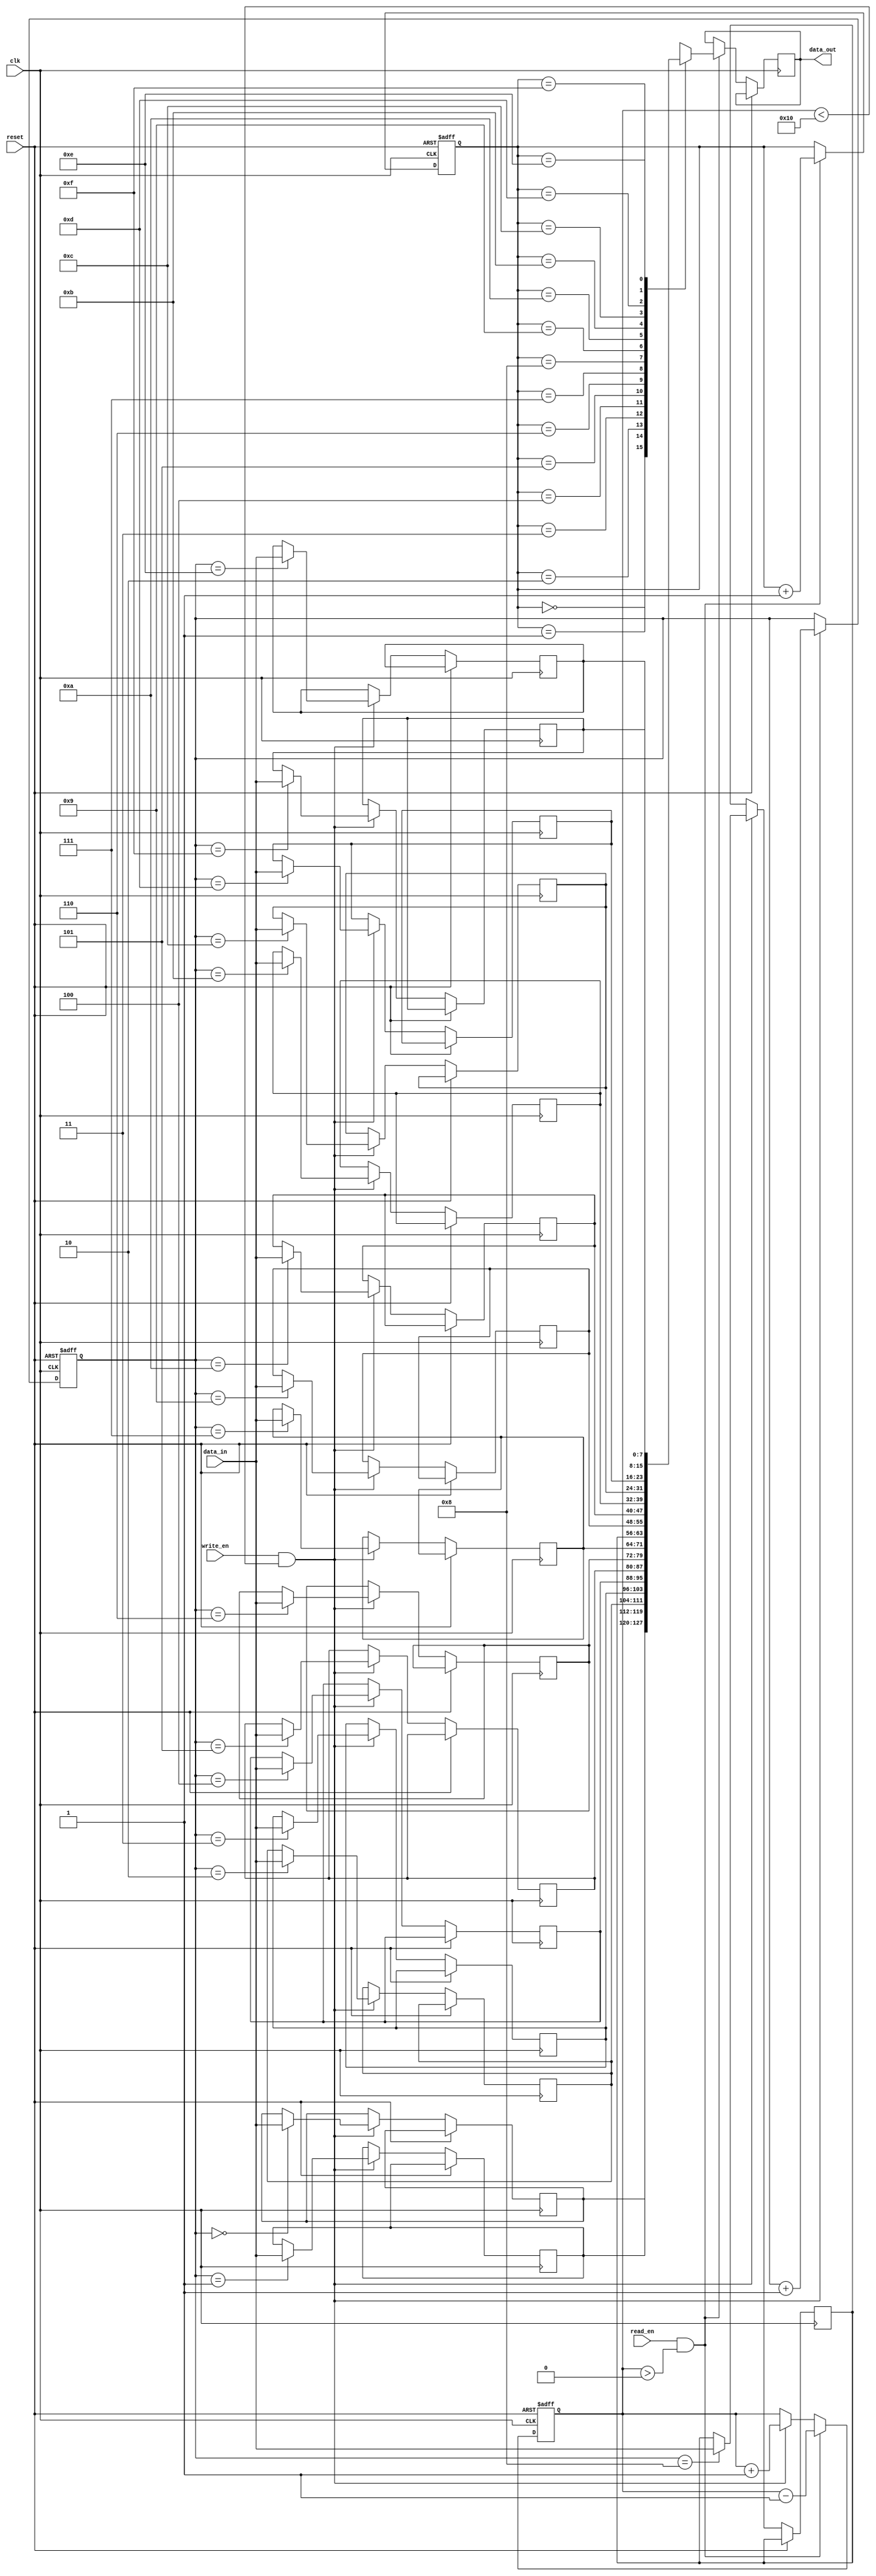
module fifo_buffer (
  input wire clk,
  input wire reset,
  input wire write_en,
  input wire read_en,
  input wire [7:0] data_in,
  output reg [7:0] data_out
);

parameter DEPTH = 16;

reg [7:0] mem [0:DEPTH-1];
reg [3:0] write_ptr;
reg [3:0] read_ptr;
reg [3:0] count;

always @(posedge clk or posedge reset) begin
  if (reset) begin
    write_ptr <= 4'b0000;
    read_ptr <= 4'b0000;
    count <= 4'b0000;
  end else begin
    if (write_en && (count < DEPTH)) begin
      mem[write_ptr] <= data_in;
      write_ptr <= write_ptr + 1;
      count <= count + 1;
    end
    
    if (read_en && (count > 0)) begin
      data_out <= mem[read_ptr];
      read_ptr <= read_ptr + 1;
      count <= count - 1;
    end
  end
end

endmodule